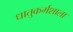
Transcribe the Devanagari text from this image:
धातुकर्मशाला